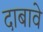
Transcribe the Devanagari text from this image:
दाबावे